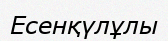
Есенқүлұлы